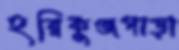
হরিকুঞ্জপাড়া